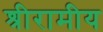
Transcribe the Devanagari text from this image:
श्रीरामीय